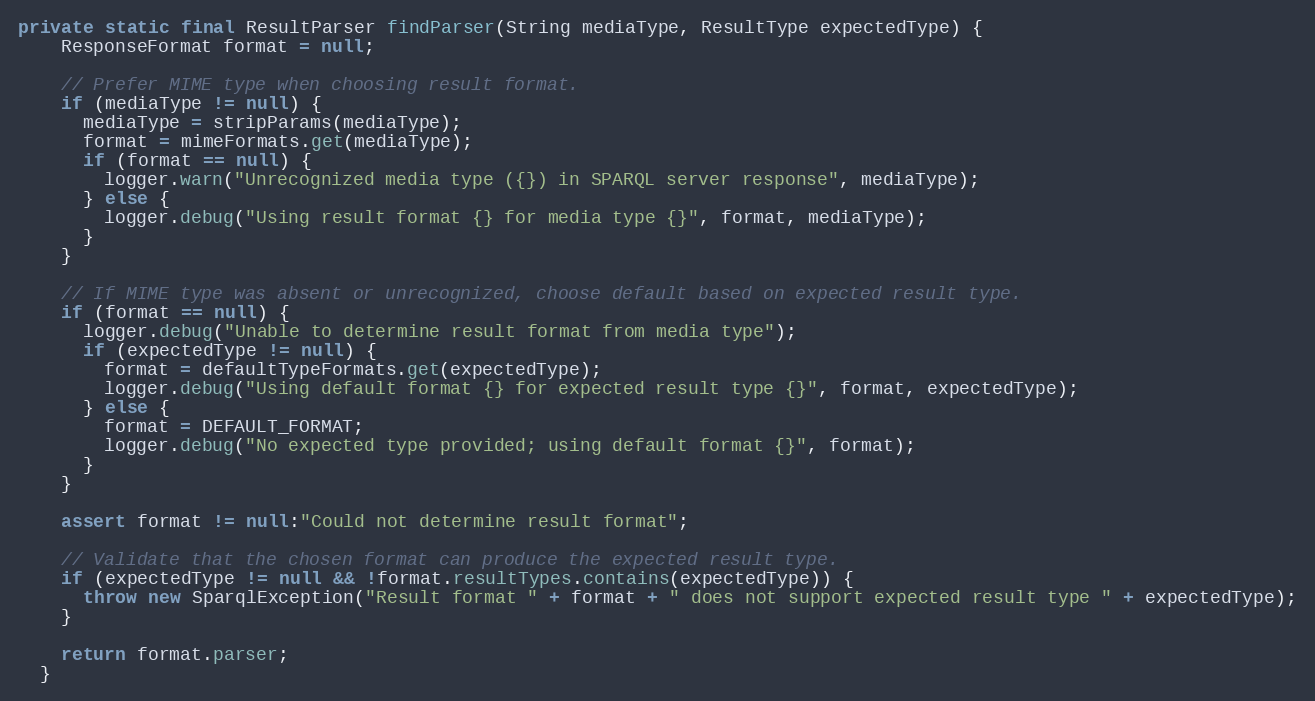
Language: Java
private static final ResultParser findParser(String mediaType, ResultType expectedType) {
    ResponseFormat format = null;

    // Prefer MIME type when choosing result format.
    if (mediaType != null) {
      mediaType = stripParams(mediaType);
      format = mimeFormats.get(mediaType);
      if (format == null) {
        logger.warn("Unrecognized media type ({}) in SPARQL server response", mediaType);
      } else {
        logger.debug("Using result format {} for media type {}", format, mediaType);
      }
    }

    // If MIME type was absent or unrecognized, choose default based on expected result type.
    if (format == null) {
      logger.debug("Unable to determine result format from media type");
      if (expectedType != null) {
        format = defaultTypeFormats.get(expectedType);
        logger.debug("Using default format {} for expected result type {}", format, expectedType);
      } else {
        format = DEFAULT_FORMAT;
        logger.debug("No expected type provided; using default format {}", format);
      }
    }

    assert format != null:"Could not determine result format";

    // Validate that the chosen format can produce the expected result type.
    if (expectedType != null && !format.resultTypes.contains(expectedType)) {
      throw new SparqlException("Result format " + format + " does not support expected result type " + expectedType);
    }

    return format.parser;
  }